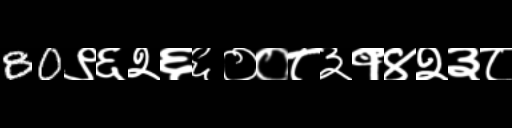
Text: 80९६२६६००८३१४२३८